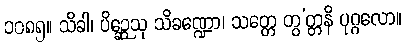
၁၀၈၅။ သိခါ၊ ပိဉ္ဆေသု သိခဏ္ဍော၊ သတ္တေ တွ’တ္တနိ ပုဂ္ဂလော။